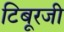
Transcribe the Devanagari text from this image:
टिबूरजी